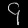
Digit: ၄